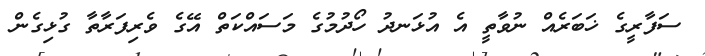
ސަފާރީގެ ޚަބަރެއް ނުވާތީ އެ އުޅަނދު ހޯދުމުގެ މަސައްކަތް އޭގެ ވެރިފަރާތާ ގުޅިގެން